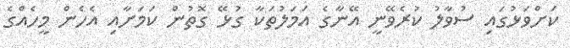
ކަށްވަޅުގައި ސުވާލު ކުރެވޭނީ އޭނާގެ އަމަލުތަކާ ގުޅޭ ގޮތުން ކަމަށާއި އެހެން މީހެއްގެ